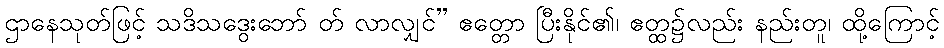
ဌာနေသုတ်ဖြင့် သဒိသဒွေးဘော် တ် လာလျှင်” ဧတ္တော ပြီးနိုင်၏၊ ဧတ္ထ၌လည်း နည်းတူ၊ ထို့ကြောင့်